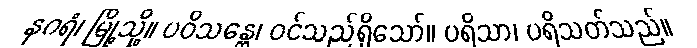
နဂရံ၊ မြို့သို့။ ပဝိသန္တေ၊ ဝင်သည်ရှိသော်။ ပရိသာ၊ ပရိသတ်သည်။